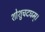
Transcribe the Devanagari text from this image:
शोशुचदघम्।